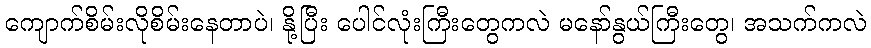
ကျောက်စိမ်းလိုစိမ်းနေတာပဲ၊ နို့ပြီး ပေါင်လုံးကြီးတွေကလဲ မနော်နွယ်ကြီးတွေ၊ အသက်ကလဲ